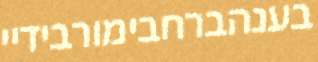
בענהברחבימורבידיי